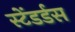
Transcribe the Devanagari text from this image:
स्टेंडर्डस